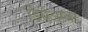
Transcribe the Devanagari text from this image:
डिसेअम्बर